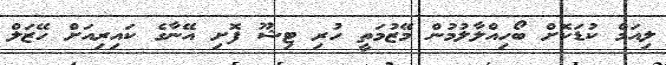
ލިއަމް ކުޑަކޮށް ބޯހިއްލާލުމުން މޭޒުމަތީ ހުރި ޓިޝޫ ފޮށި އޭނާގެ ކައިރިއަށް ހޭޒަލް